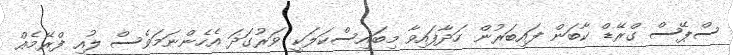
ސްޕޭސް ގްރޭޑް ކާބަން ފައިބަރުން ހަދާފައިވާ މިބައިސްކަލަކީ ވަރުގަދަ އެހެންނަމަވެސް ލުއި ފްރޭމެއް